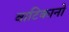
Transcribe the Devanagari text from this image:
वाटिकानो